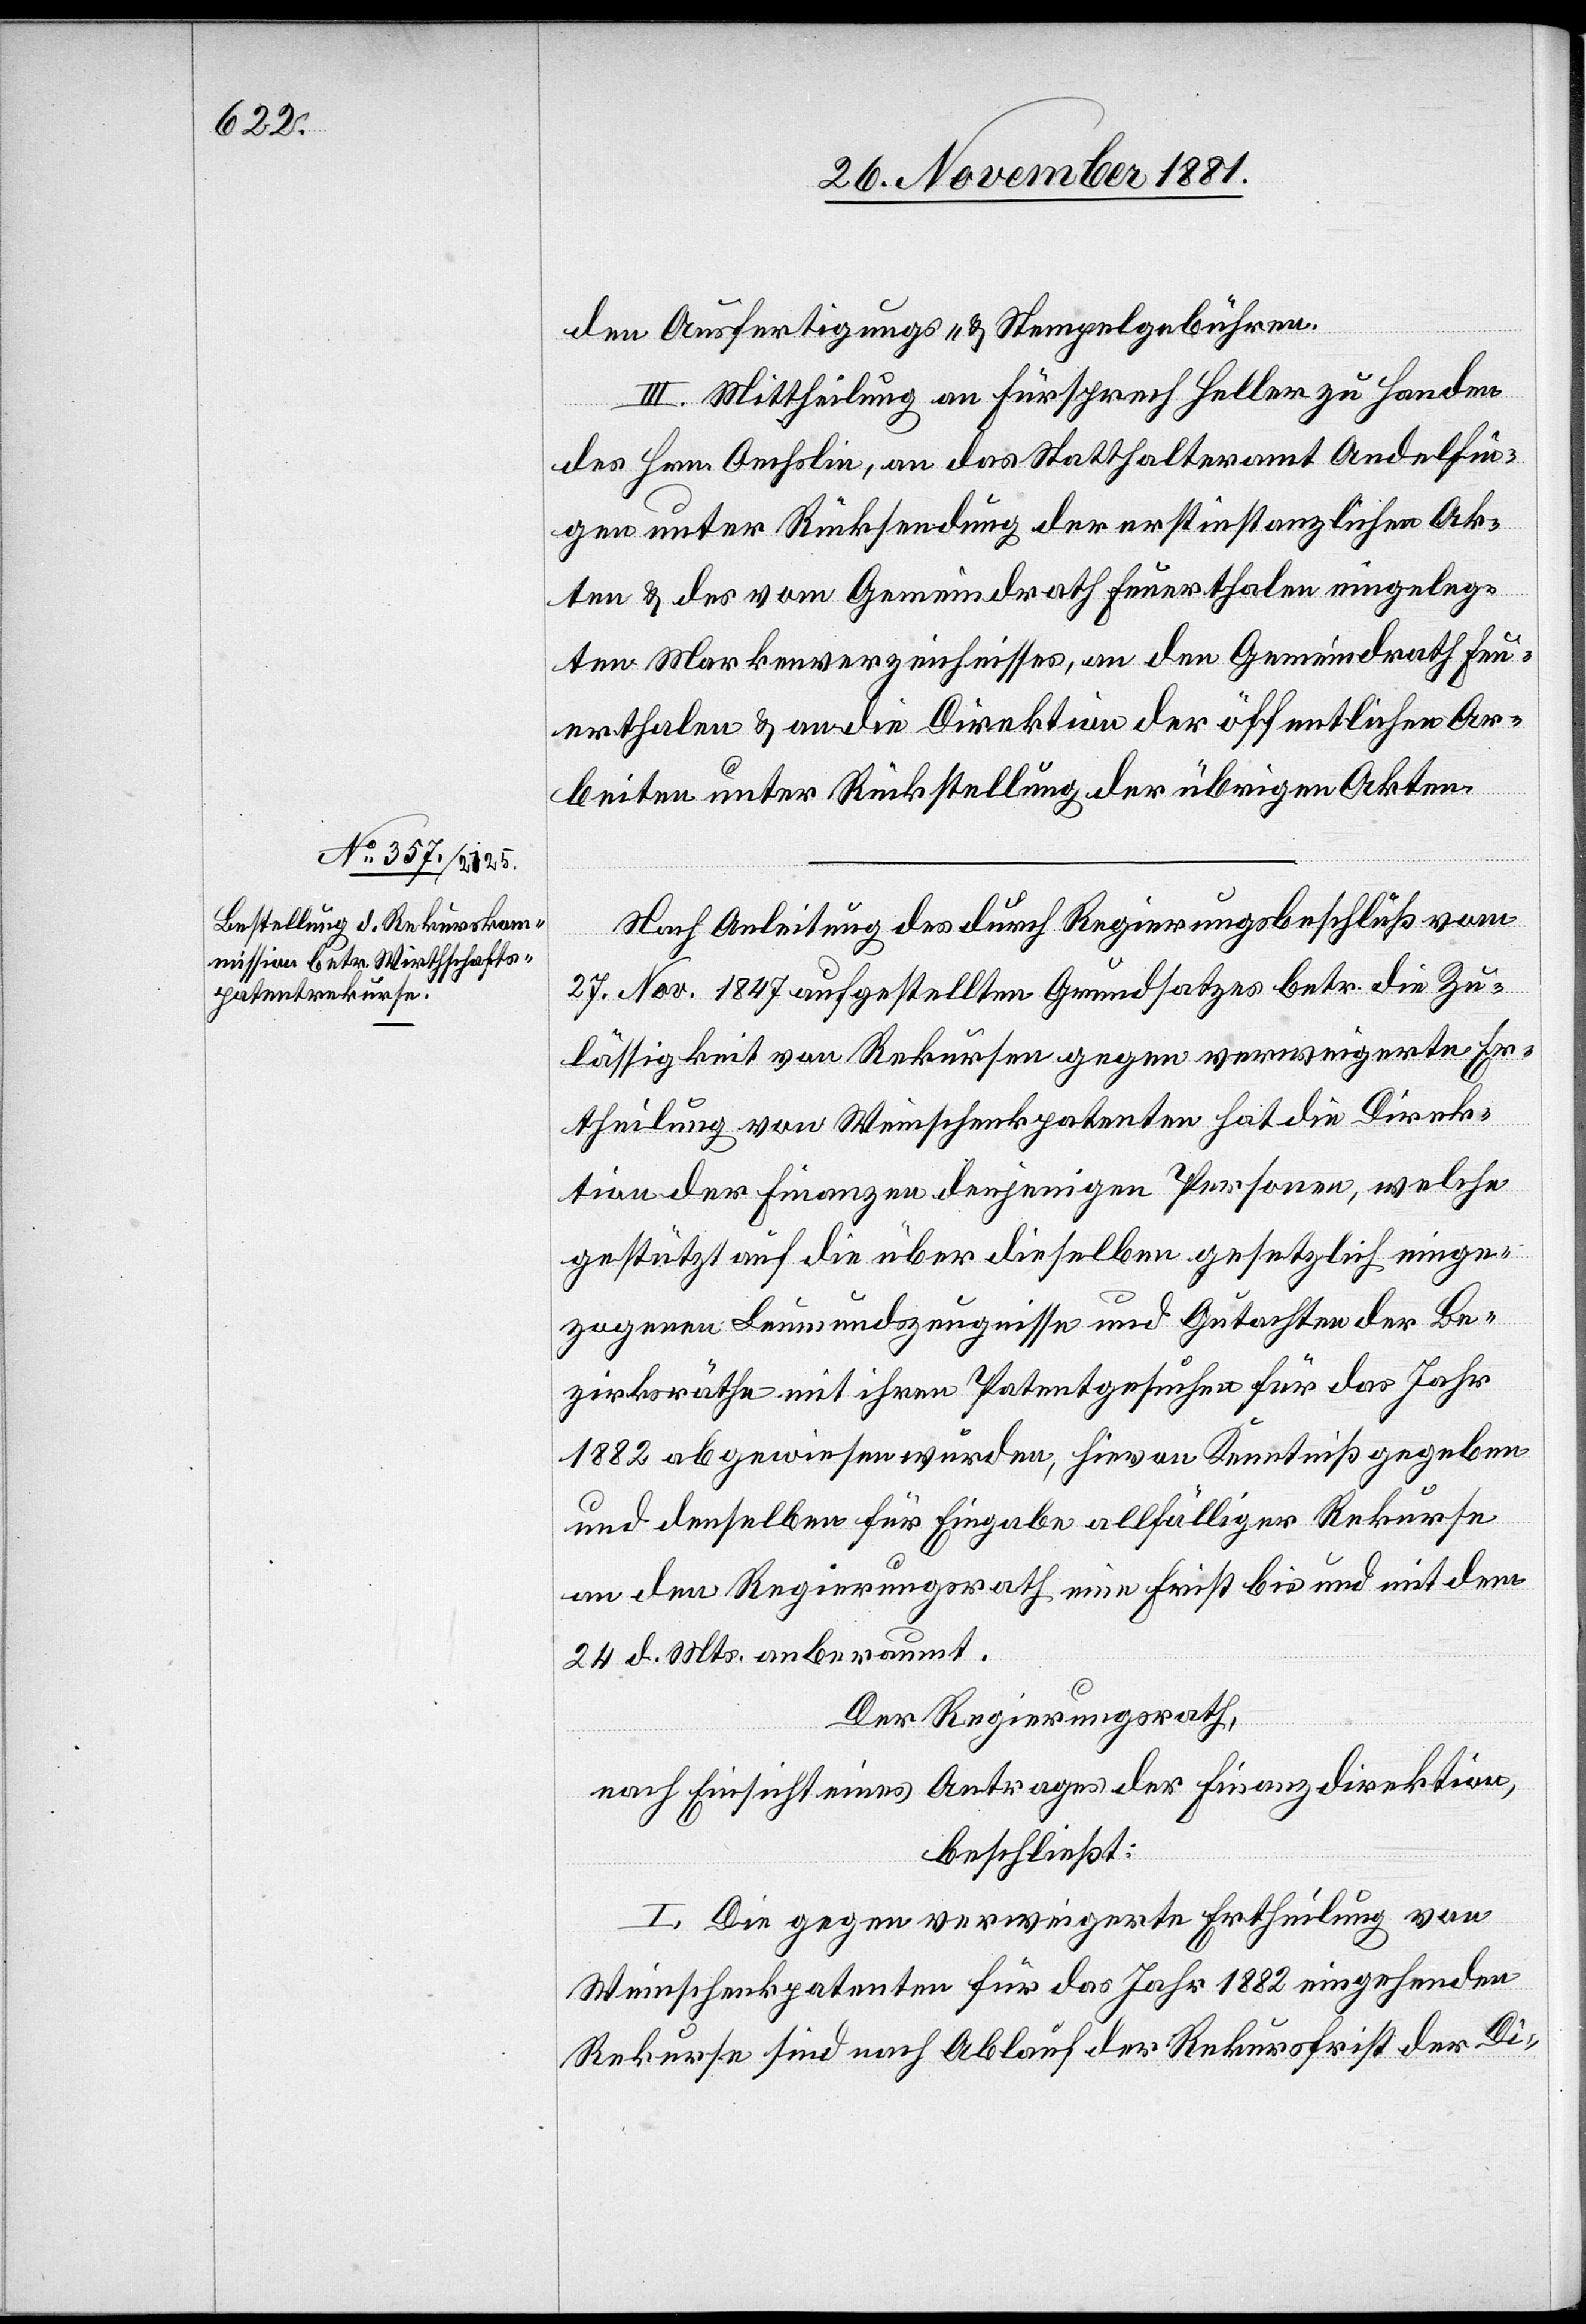
den Ausfertigungs- & Stempelgebühren.
III. Mittheilung an Fürsprech Heller zu Handen
des Hrn. Oechslin, an das Statthalteramt Andelfin¬
gen unter Rücksendung der erstinstanzlichen Ak¬
ten & des vom Gemeindrath Feuerthalen eingeleg¬
ten Markenverzeichnisses, an den Gemeindrath Feu¬
erthalen & an die Direktion der öffentlichen Ar¬
beiten unter Rückstellung der übrigen Akten.
Nach Anleitung des durch Regierungsbeschluß vom
27. Nov. 1847 aufgestellten Grundsatzes betr. die Zu¬
lässigkeit von Rekursen gegen verweigerte Er¬
theilung von Weinschenkpatenten hat die Direk¬
tion der Finanzen denjenigen Personen, welche
gestützt auf die über dieselben gesetzlich einge¬
zogenen Leumundszeugnisse und Gutachten der Be¬
zirksräthe mit ihren Patentgesuchen für das Jahr
1882 abgewiesen wurden, hievon Kenntniß gegeben
und denselben für Eingabe allfälliger Rekurse
an den Regierungsrath eine Frist bis und mit dem
24. d. Mts. anberaumt.
Der Regierungsrath,
nach Einsicht eines Antrages der Finanzdirektion,
beschließt:
I. Die gegen verweigerte Ertheilung von
Weinschenkpatenten für das Jahr 1882 eingehenden
Rekurse sind nach Ablauf der Rekursfrist der Di-